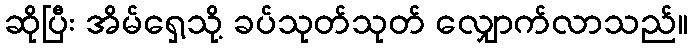
ဆိုပြီး အိမ်ရှေ့သို့ ခပ်သုတ်သုတ် လျှောက်လာသည်။